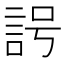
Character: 𧦢